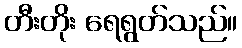
တီးတိုး ရေရွတ်သည်။